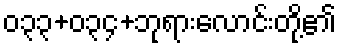
၀၃၃+၀၃၄+ဘုရားလောင်းတို့၏